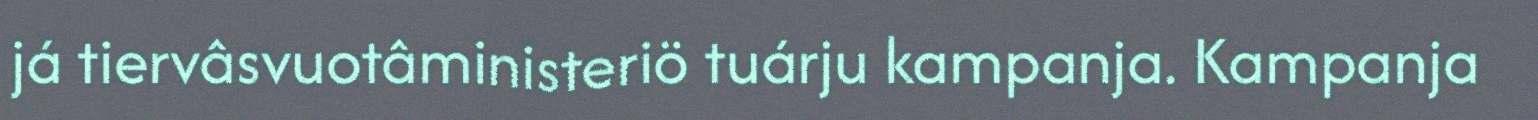
já tiervâsvuotâministeriö tuárju kampanja. Kampanja